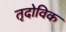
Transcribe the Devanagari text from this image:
तृदोविक